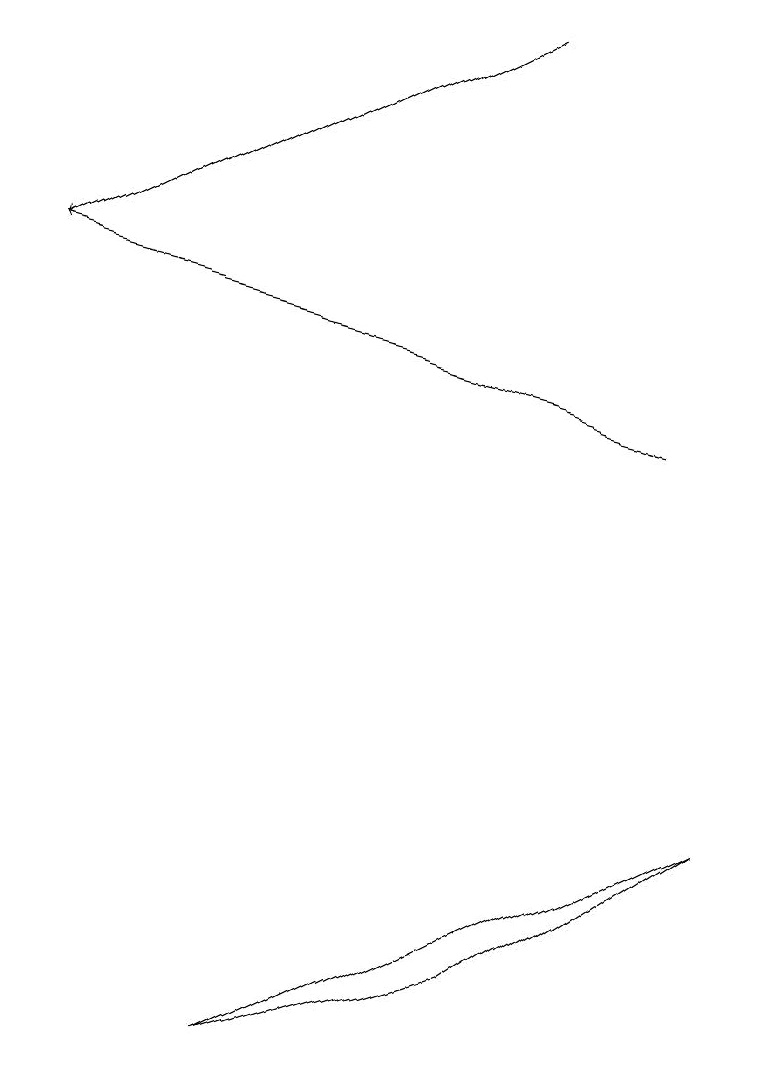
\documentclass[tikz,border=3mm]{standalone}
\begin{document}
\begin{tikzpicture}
\draw[->] (6,19) -- (0,16);
\draw (6,7) -- (3,6) -- (9,9) -- cycle;
\draw[->] (8,14) -- (0,16);
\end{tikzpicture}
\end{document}